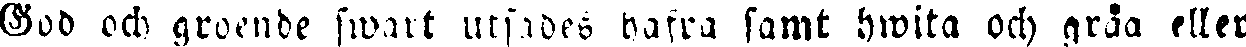
God och groende swart utfades hafwa samt hwita och gråa eller